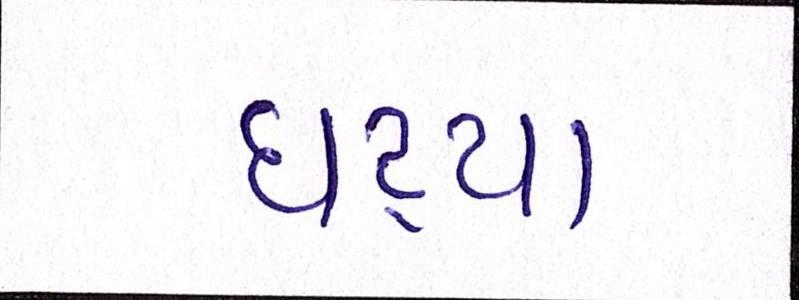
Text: ઘટ્યા